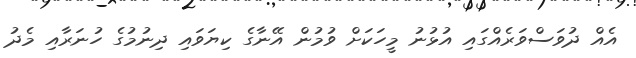
އެއް ދުވަސްވަރެއްގައި އުޅުނު މީހަކަށް ވުމުން އޭނާގެ ކިޔަވައި ދިނުމުގެ ހުނަރާއި މެދު